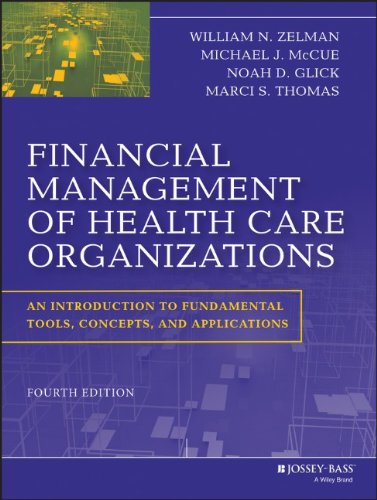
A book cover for Financial Management of Health Care Organizations: An Introduction to Fundamental Tools, Concepts and Applications; William N. Zelman; Medical Books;